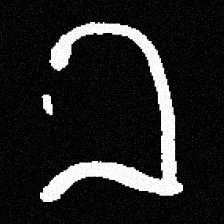
Pyu character \u2014 Myanmar letter: ခ (romanized: kha)